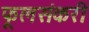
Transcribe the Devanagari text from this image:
फूलसंकरी